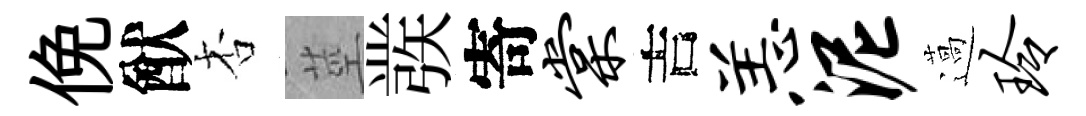
俛猷杏莖彂寄棠吉恙泥薖玲